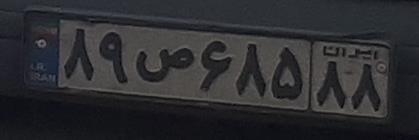
۸۹س۶۸۵۸۸